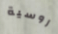
روسية